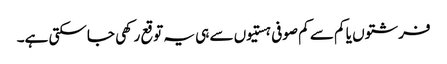
فرشتوں یا کم سے کم صوفی ہستیوں سے ہی یہ توقع رکھی جاسکتی ہے۔